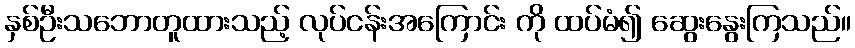
နှစ်ဦးသဘောတူထားသည့် လုပ်ငန်းအကြောင်း ကို ထပ်မံ၍ ဆွေးနွေးကြသည်။